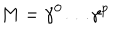
LaTeX: M = \gamma ^ { 0 } \ldots \gamma ^ { p }